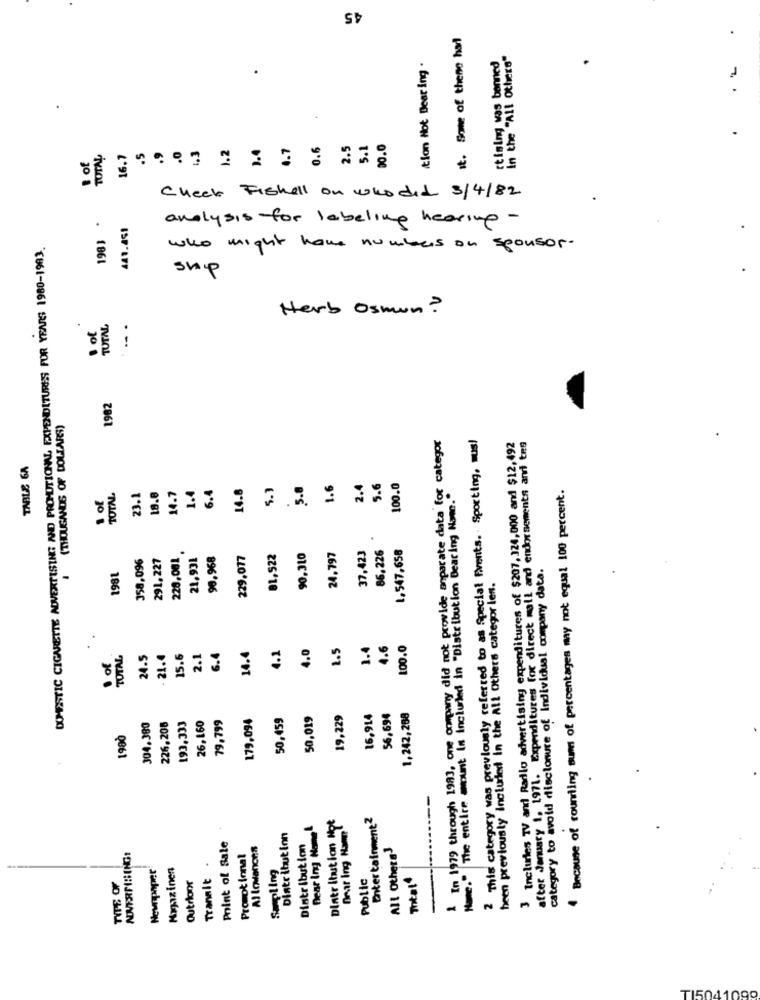
45
it. Some of thene har
rtlaing was banned
in the "All Others"
ition Not Bear ing .
2.5
5.1
0.0
B of
TOTAL
16.7
.5
Check Fishell on whodid 3/4/82
1981.
441.851
analysis for labeling hearing -
DOMESTIC CIGARETTE ADVERTISING AND PROMOTIONAL EXPENDITURES FOR YEARS 1980-1983.
who might have numbers on sponsor.
ship
Herb Osmun ?
1 of
TUTAL
..
1982
(THOUSANDS OF DOLLARS)
1 In 1979 through 1983, one onmpany did not provide anparate data for categor
2 This category was previously referred to as Special Events. Sporting, mus!
after January 1. 1971. Expenditures for direct mail and endorsements and tes
3 Inclurles TV and Radio advertising expenditures of $207, 324,000 and $12,492
TABLE 6A
1.4
6.4
14.8
5.3
5.8
1.6
2.4
5.6
100.0
The entire mount In Included in "Distribution Bearing Name ..
. Because of rounding sum of percentages may not equal 100 percent.
1 of
TOTAL
23.1
18.€
14.7
37,423
86,226
1.547,658
358,096
291,227
228,001
21,931
90.968
229.077
81,522
90,310
24,797
category to avoid disclosure of Individual company data.
198L
been previously included in the All Others categor les.
4.1
4.0
2.5
1.4
4.6
100.0
of
TOTAL
24.5
-21.4
15.6
2.1
6.4
14.4
26,160
79,799
179,094
50,459
50,019
19,229
16,914
56,694
1,242,288
304,380
226,208
193,333
1900
Dlatr Ibution Not
Entertainment2
Bear Ing Nome4
Omar Ing Hampl
Point of Sale
Distribution
Allowances
All Others3
Tranalt .
Promotional
Nevrapaper
Magazinen
Sapling
Outroor
Public
Itat*
Name ..
TYPE OF
TI5041099